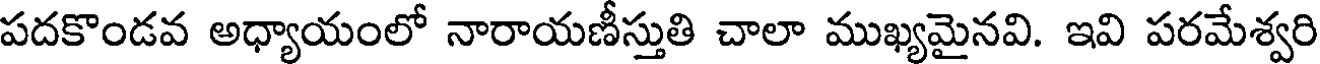
పదకొండవ అధ్యాయంలో నారాయణీస్తుతి చాలా ముఖ్యమైనవి. ఇవి పరమేశ్వరి